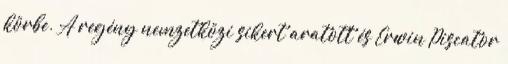
körbe. A regény nemzetközi sikert aratott és Erwin Piscator